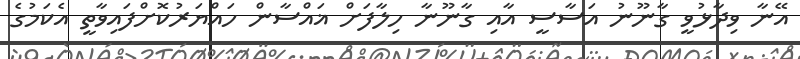
އޭނާ ވިދާޅުވީ ގާނޫނު އަސާސީ އާއި ގާނޫނާ ހިލާފަށް ޣައްސާން ހައްޔަރުކޮށްފައިވާތީ އެކަމުގެ